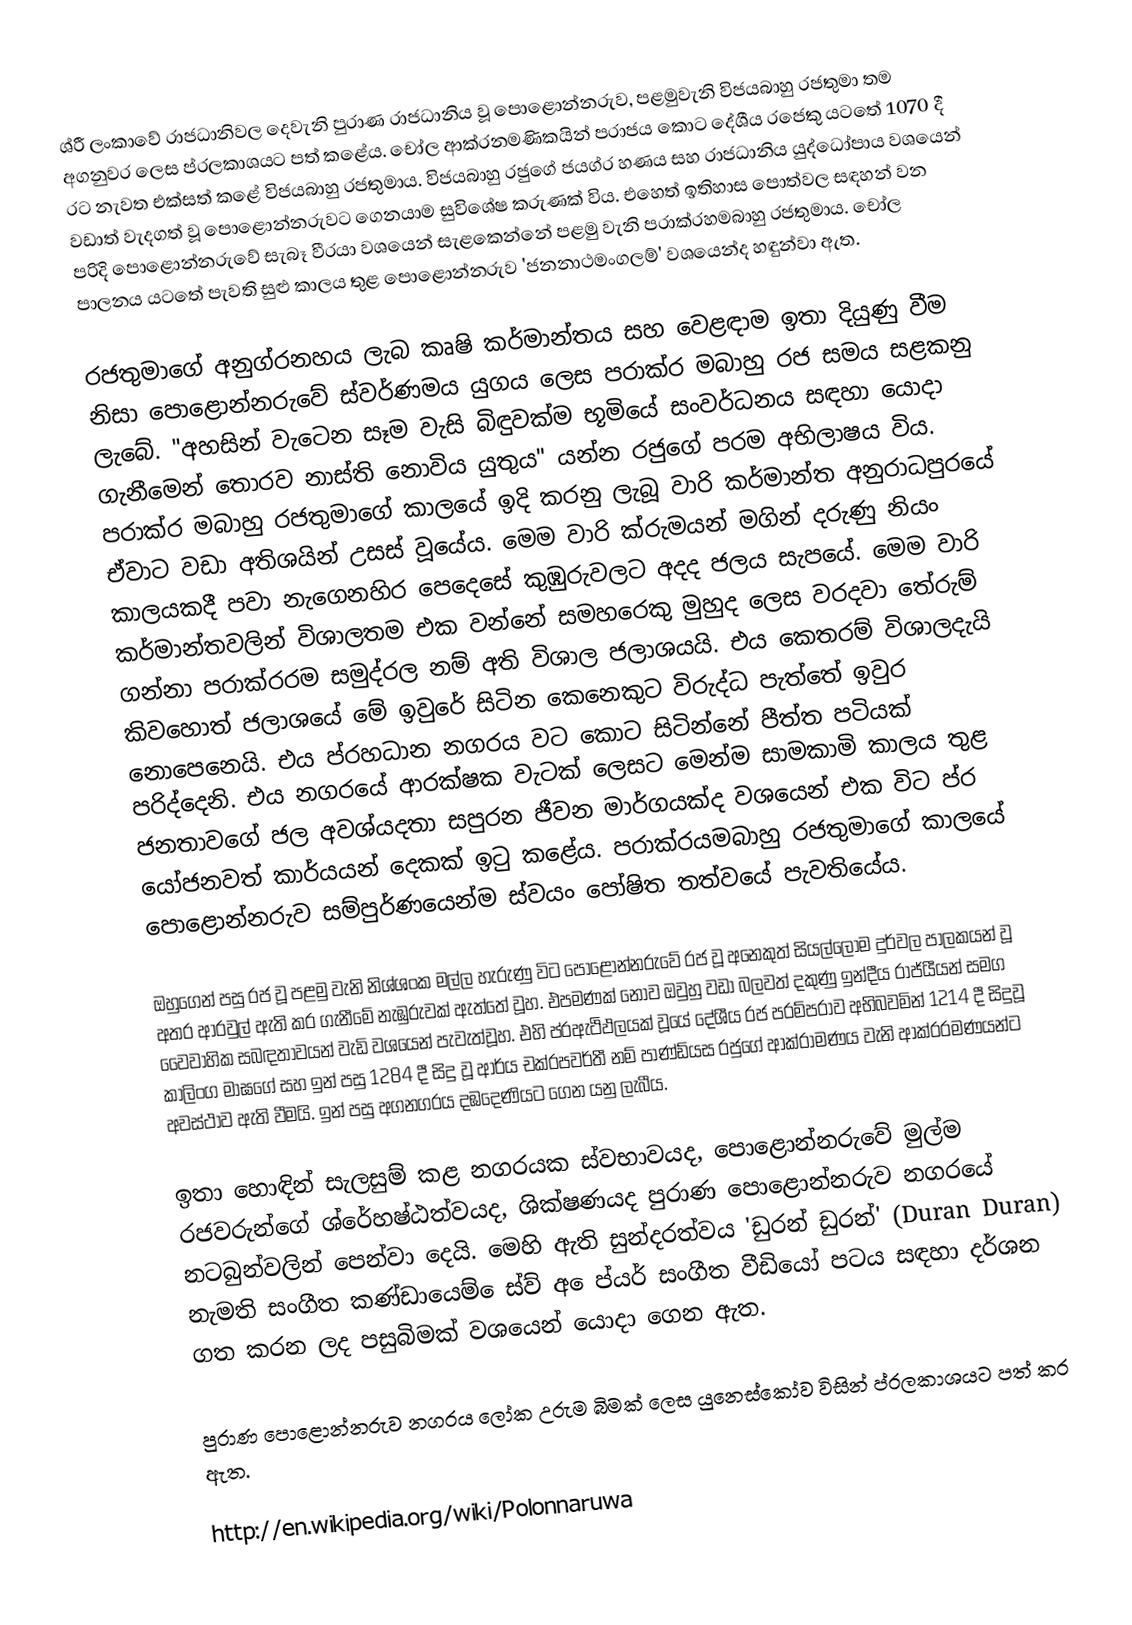
ශ්රී  ලංකාවේ රාජධානිවල දෙවැනි පුරාණ රාජධානිය වූ පොළොන්නරුව, පළමුවැනි විජයබාහු රජතුමා තම අගනුවර ලෙස ප්රලකාශයට පත් කළේය. චෝල ආක්රනමණිකයින් පරාජය කොට දේශීය රජෙකු යටතේ 1070 දී රට නැවත එක්සත් කළේ විජයබාහු රජතුමාය. විජයබාහු රජුගේ ජයග්ර හණය සහ රාජධානිය යුද්ධෝපාය වශයෙන් වඩාත් වැදගත් වූ පොළොන්නරුවට ගෙනයාම සුවිශේෂ කරුණක් විය. එහෙත් ඉතිහාස පොත්වල සඳහන් වන පරිදි පොළොන්නරුවේ සැබෑ වීරයා වශයෙන් සැළකෙන්නේ පළමු වැනි පරාක්රහමබාහු රජතුමාය. චෝල පාලනය යටතේ පැවති සුළු කාලය තුළ පොළොන්නරුව 'ජනනාථමංගලම්' වශයෙන්ද හඳුන්වා ඇත.

රජතුමාගේ අනුග්රනහය ලැබ කෘෂි කර්මාන්තය සහ වෙළඳාම ඉතා දියුණු වීම නිසා පොළොන්නරුවේ ස්වර්ණමය යුගය ලෙස පරාක්ර මබාහු රජ සමය සළකනු ලැබේ. "අහසින් වැටෙන සෑම වැසි බිඳුවක්ම භූමියේ සංවර්ධනය සඳහා යොදා ගැනීමෙන් තොරව නාස්ති නොවිය යුතුය" යන්න රජුගේ පරම අභිලාෂය විය. පරාක්ර මබාහු රජතුමාගේ කාලයේ ඉදි කරනු ලැබූ වාරි කර්මාන්ත අනුරාධපුරයේ ඒවාට වඩා අතිශයින් උසස් වූයේය. මෙම වාරි ක්රුමයන් මගින් දරුණු නියං කාලයකදී පවා නැගෙනහිර පෙදෙසේ කුඹුරුවලට අදද ජලය සැපයේ. මෙම වාරි කර්මාන්තවලින් විශාලතම එක වන්නේ සම‍හරෙකු මුහුද ලෙස වරදවා තේරුම් ගන්නා පරාක්රරම සමුද්රල නම් අති විශාල ජලාශයයි. එය කෙතරම් විශාලදැයි කිවහොත් ජලාශයේ මේ ඉවුරේ සිටින කෙනෙකුට විරුද්ධ පැත්තේ ඉවුර නොපෙනෙයි. එය ප්රහධාන නගරය වට කොට සිටින්නේ පීත්ත පටියක් පරිද්දෙනි. එය නගරයේ ආරක්ෂක වැටක් ලෙසට මෙන්ම සාමකාමි කාලය තුළ ජනතාවගේ ජල අවශ්යදතා සපුරන ජීවන මාර්ගයක්ද වශයෙන් එක විට ප්ර යෝජනවත් කාර්යයන් දෙකක් ඉටු කළේය. පරාක්රයමබාහු රජතුමාගේ කාලයේ පොළොන්නරුව සම්පුර්ණයෙන්ම ස්වයං පෝෂිත තත්වයේ පැවතියේය.

ඔහුගෙන් පසු රජ වූ පළමු වැනි නිශ්ශංක මල්ල හැරුණු විට පොළොන්නරුවේ රජ වූ අනෙකුත් සියල්ලෝම දුර්වල පාලකයන් වූ අතර  ආරවුල් ඇති කර ගැනීමේ නැඹුරුවක් ඇත්තේ වූහ. එපමණක් නොව ඔවුහු වඩා බලවත් දකුණු ඉන්දීය රාජ්යීයන් සමග වෛවාහික සබඳතාවයන් වැඩි වශයෙන් පැවැත්වූහ. එහි ප්රඇථිඵලයක් වූයේ දේශීය රජ පරම්පරාව අභිබවමින් 1214 දී සිදුවූ කාලිංග මාඝගේ සහ ඉන් පසු 1284 දී සිදු වූ ආර්ය චක්රපවර්තී නම් පාණ්ඩ්යස රජුගේ ආක්රාමණය වැනි ආක්රරමණයන්ට අවස්ථාව ඇති වීමයි. ඉන් පසු අගනගරය දඹදෙණියට ගෙන යනු ලැබීය.

ඉතා හොඳින් සැලසුම් කළ නගරයක ස්වභාවයද, පොළොන්නරුවේ මුල්ම රජවරුන්ගේ ශ්රේහෂ්ඨත්වයද, ශික්ෂණයද පුරාණ පොළොන්නරුව නගරයේ නටබුන්වලින් පෙන්වා දෙයි. මෙහි ඇති සුන්දරත්වය 'ඩුරන් ඩුරන්' (Duran Duran) නැමති සංගීත කණ්ඩායෙම් ෙස්ව් අ ෙප්යර් සංගීත වීඩියෝ පටය සඳහා දර්ශන ගත කරන ලද පසුබිමක් වශයෙන් යොදා ගෙන ඇත.

පුරාණ පොළොන්නරුව නගරය ලෝක උරුම බිමක් ලෙස යුනෙස්කෝව විසින් ප්රලකාශයට පත් කර ඇත.

http://en.wikipedia.org/wiki/Polonnaruwa